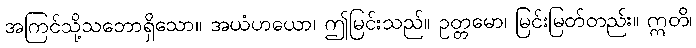
အကြင်သို့သဘောရှိသော။ အယံဟယော၊ ဤမြင်းသည်။ ဥတ္တမော၊ မြင်းမြတ်တည်း။ ဣတိ၊